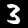
Digit: 3